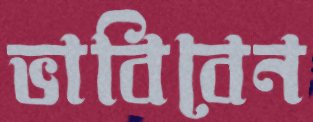
ভাবিবেন